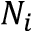
N _ { i }